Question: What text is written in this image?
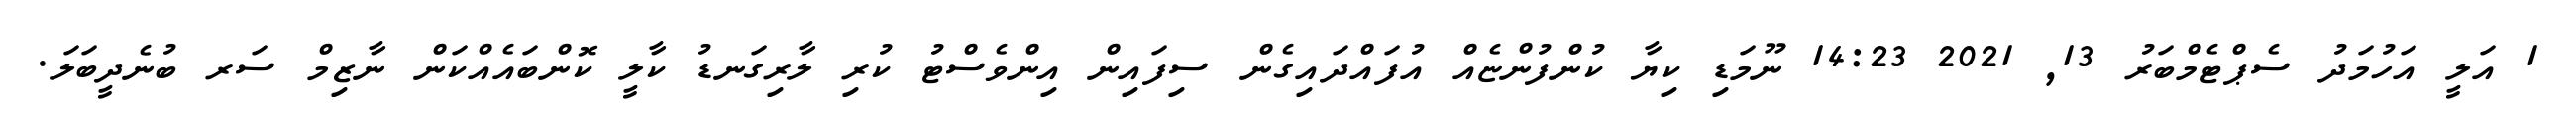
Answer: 1 އަލީ އަހުމަދު ސެޕްޓެމްބަރު 13, 2021 14:23 ނޫމަޑި ކިޔާ ކުންފުންޏެއް އުފައްދައިގެން ސިފައިން އިންވެސްޓު ކުރި ލާރިގަނޑު ކާލީ ކޮންބައެއްކަން ނާޒިމް ސަރ ބުނެދީބަލަ.